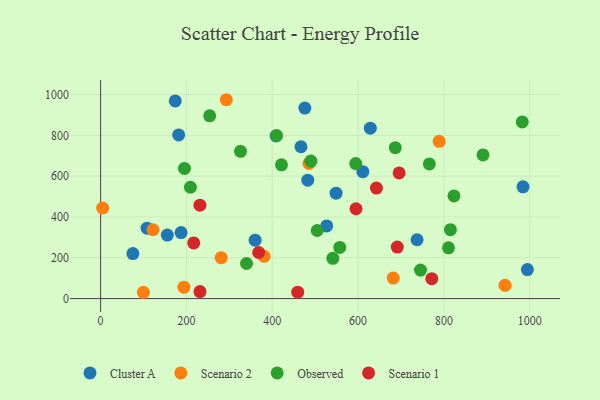
{"axis": {"x": "Investment", "y": "Exam Score"}, "legend": ["Cluster A", "Observed", "Scenario 1", "Scenario 2"], "data": [{"x": "611.1", "y": 621.9, "type": "Cluster A"}, {"x": "187.6", "y": 323.4, "type": "Cluster A"}, {"x": "628.6", "y": 835.1, "type": "Cluster A"}, {"x": "174.0", "y": 968.9, "type": "Cluster A"}, {"x": "181.9", "y": 802.1, "type": "Cluster A"}, {"x": "994.6", "y": 142.1, "type": "Cluster A"}, {"x": "984.4", "y": 547.8, "type": "Cluster A"}, {"x": "467.0", "y": 744.2, "type": "Cluster A"}, {"x": "75.2", "y": 220.6, "type": "Cluster A"}, {"x": "548.8", "y": 516.8, "type": "Cluster A"}, {"x": "737.5", "y": 288.4, "type": "Cluster A"}, {"x": "360.1", "y": 286.5, "type": "Cluster A"}, {"x": "108.3", "y": 345.1, "type": "Cluster A"}, {"x": "409.0", "y": 797.3, "type": "Cluster A"}, {"x": "526.9", "y": 355.9, "type": "Cluster A"}, {"x": "476.0", "y": 933.7, "type": "Cluster A"}, {"x": "482.8", "y": 580.3, "type": "Cluster A"}, {"x": "155.4", "y": 311.5, "type": "Cluster A"}, {"x": "4.7", "y": 444.0, "type": "Scenario 2"}, {"x": "122.0", "y": 337.4, "type": "Scenario 2"}, {"x": "292.9", "y": 974.7, "type": "Scenario 2"}, {"x": "99.7", "y": 30.9, "type": "Scenario 2"}, {"x": "942.5", "y": 64.8, "type": "Scenario 2"}, {"x": "485.5", "y": 662.2, "type": "Scenario 2"}, {"x": "789.0", "y": 770.9, "type": "Scenario 2"}, {"x": "281.0", "y": 200.4, "type": "Scenario 2"}, {"x": "381.0", "y": 207.0, "type": "Scenario 2"}, {"x": "682.0", "y": 100.3, "type": "Scenario 2"}, {"x": "194.2", "y": 55.7, "type": "Scenario 2"}, {"x": "815.3", "y": 337.5, "type": "Observed"}, {"x": "340.1", "y": 171.9, "type": "Observed"}, {"x": "326.0", "y": 721.6, "type": "Observed"}, {"x": "594.6", "y": 661.8, "type": "Observed"}, {"x": "421.5", "y": 655.6, "type": "Observed"}, {"x": "195.4", "y": 638.0, "type": "Observed"}, {"x": "810.7", "y": 248.9, "type": "Observed"}, {"x": "504.8", "y": 333.7, "type": "Observed"}, {"x": "410.1", "y": 799.3, "type": "Observed"}, {"x": "766.1", "y": 660.2, "type": "Observed"}, {"x": "209.3", "y": 545.6, "type": "Observed"}, {"x": "982.7", "y": 865.7, "type": "Observed"}, {"x": "745.5", "y": 139.7, "type": "Observed"}, {"x": "254.2", "y": 895.6, "type": "Observed"}, {"x": "557.4", "y": 250.9, "type": "Observed"}, {"x": "823.5", "y": 503.0, "type": "Observed"}, {"x": "541.2", "y": 197.5, "type": "Observed"}, {"x": "490.0", "y": 674.0, "type": "Observed"}, {"x": "891.2", "y": 704.3, "type": "Observed"}, {"x": "686.8", "y": 739.7, "type": "Observed"}, {"x": "595.2", "y": 440.4, "type": "Scenario 1"}, {"x": "368.4", "y": 225.9, "type": "Scenario 1"}, {"x": "691.4", "y": 252.6, "type": "Scenario 1"}, {"x": "217.0", "y": 272.8, "type": "Scenario 1"}, {"x": "459.4", "y": 31.3, "type": "Scenario 1"}, {"x": "642.8", "y": 541.8, "type": "Scenario 1"}, {"x": "231.6", "y": 34.5, "type": "Scenario 1"}, {"x": "771.8", "y": 97.5, "type": "Scenario 1"}, {"x": "695.7", "y": 616.0, "type": "Scenario 1"}, {"x": "231.5", "y": 457.6, "type": "Scenario 1"}]}